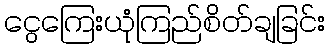
ငွေကြေးယုံကြည်စိတ်ချခြင်း